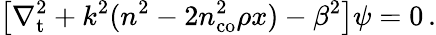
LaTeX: \left[\nabla_{\mathrm{t}}^{2}+k^{2}(n^{2}-2n_{\mathrm{co}}^{2}\rho x)-\beta^{2}\right]\psi=0\, .